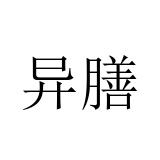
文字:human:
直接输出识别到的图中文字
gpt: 异膳